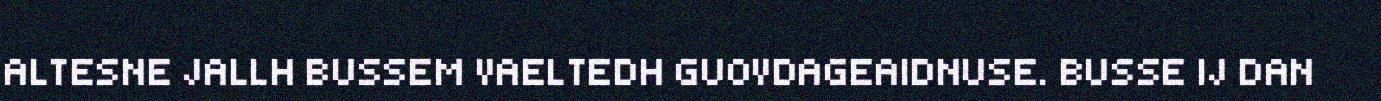
ALTESNE JALLH BUSSEM VAELTEDH GUOVDAGEAIDNUSE. BUSSE IJ DAN